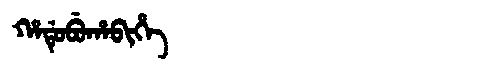
Manchu: ᡥᠠᡩᡠᠪᡠᡥᠠᠪᡳᡥᡝ
Romanization: HADUBUHABIHE